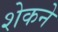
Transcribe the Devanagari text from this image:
शेकने